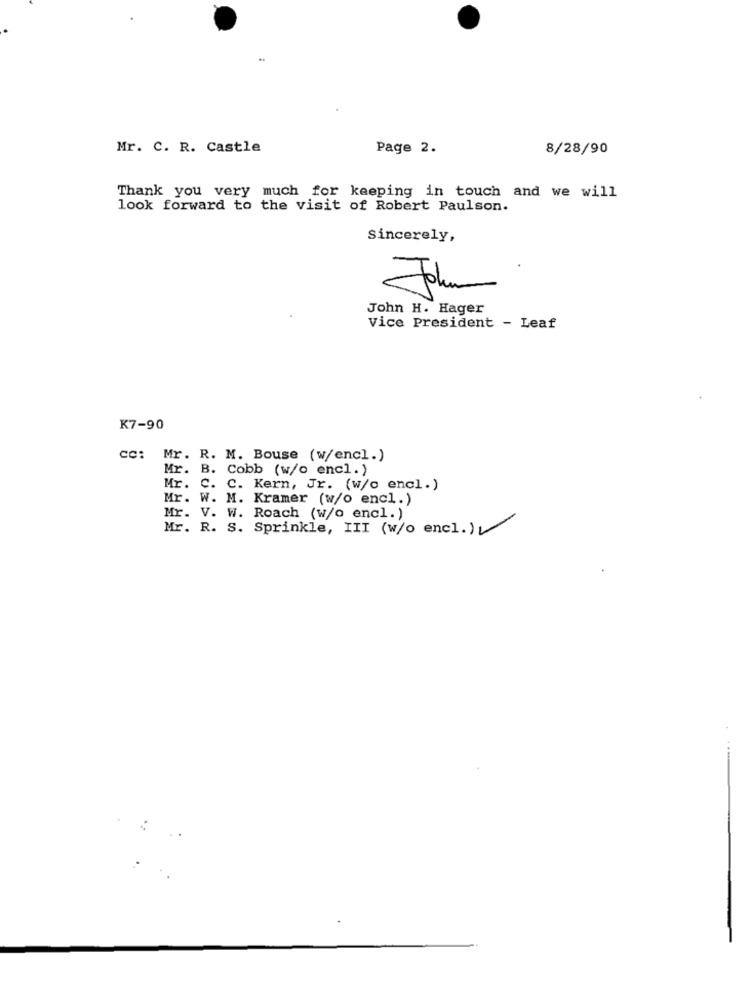
Mr. C. R. Castle
Page 2.
8/28/90
Thank you very much for keeping in touch and we will
look forward to the visit of Robert Paulson.
sincerely,
John H. Hager
Vice President - Leaf
K7-90
cc: Mr. R. M. Bouse (w/encl.)
Mr. B. Cobb (w/o encl. )
Mr. C. C. Kern, Jr. (w/o encl.)
Mr. W. M. Kramer (w/o encl.)
Mr. V. W. Roach (w/o encl. )
Mr. R. S. Sprinkle, III (w/o encl.)